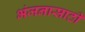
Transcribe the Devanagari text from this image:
भंजनासाठी